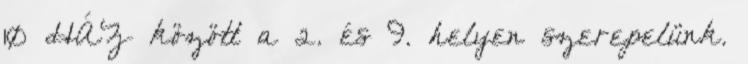
10 HÁZ között a 2. és 9. helyen szerepelünk.